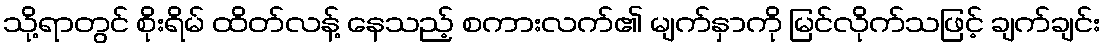
သို့ရာတွင် စိုးရိမ် ထိတ်လန့် နေသည့် စကားလက်၏ မျက်နှာကို မြင်လိုက်သဖြင့် ချက်ချင်း